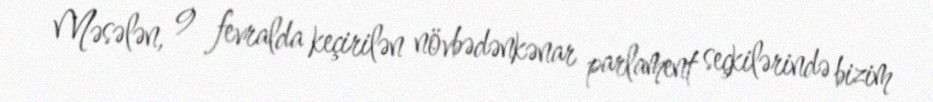
Məsələn, 9 fevralda keçirilən növbədənkənar parlament seçkilərində bizim